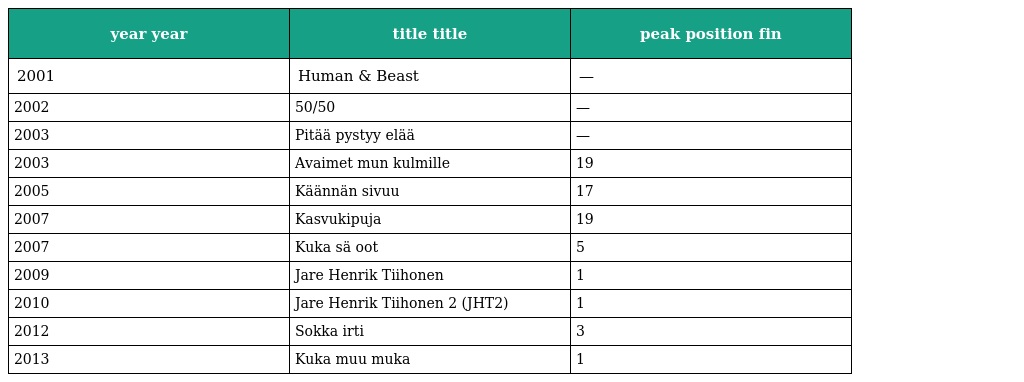
| year year | title title | peak position fin |
 | --- | --- | --- |
 | 2001 | Human & Beast | — |
 | 2002 | 50/50 | — |
 | 2003 | Pitää pystyy elää | — |
 | 2003 | Avaimet mun kulmille | 19 |
 | 2005 | Käännän sivuu | 17 |
 | 2007 | Kasvukipuja | 19 |
 | 2007 | Kuka sä oot | 5 |
 | 2009 | Jare Henrik Tiihonen | 1 |
 | 2010 | Jare Henrik Tiihonen 2 (JHT2) | 1 |
 | 2012 | Sokka irti | 3 |
 | 2013 | Kuka muu muka | 1 |